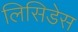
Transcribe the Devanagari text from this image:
लिसिडेस